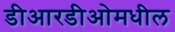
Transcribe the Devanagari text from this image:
डीआरडीओमधील